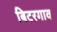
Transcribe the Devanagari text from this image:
बिटरगाव